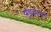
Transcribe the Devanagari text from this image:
पड़चाचा